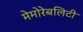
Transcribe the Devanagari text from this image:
मेमोरेबलिटी